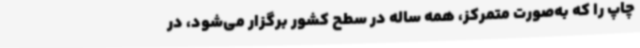
چاپ را که به‌صورت متمرکز، همه‌ ساله در سطح کشور برگزار می‌شود، در